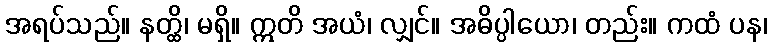
အရပ်သည်။ နတ္ထိ၊ မရှိ။ ဣတိ အယံ၊ လျှင်။ အဓိပ္ပါယော၊ တည်း။ ကထံ ပန၊